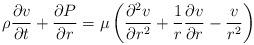
LaTeX: \begin{align*}\rho\frac{\partial v}{\partial t}+\frac{\partial P}{\partial r}=\mu\left(\frac{\partial^{2}v}{\partial r^{2}}+\frac{1}{r}\frac{\partial v}{\partial r}-\frac{v}{r^{2}}\right)\end{align*}